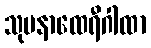
သုမနာထေရီဂါထာ